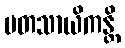
မတသာယိကန္တိ